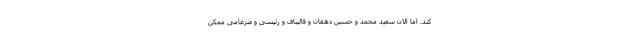
کند. اما الان سعید محمد و حسین دهقان و قالیباف و رئیسی و ضرغامی ممکن